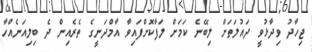
ޖިހާދު ވިދާޅުވީ ދައުލަތަށް ލިބޭނެ ކަމަށް ލަފާކޮށްފައިވާ އާމްދަނީގެ ތެރެއިން ދެ ބިލިއަނެއްހާ